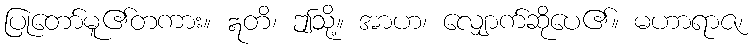
ပြုတော်မူ၏တကား။ ဣတိ၊ ဤသို့။ အာဟ၊ လျှောက်ဆိုပေ၏။ မဟာရာဇ၊